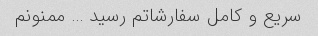
سریع و کامل سفارشاتم رسید … ممنونم